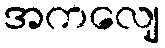
အကလျေ